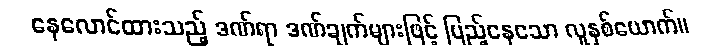
နေလောင်ထားသည့် ဒဏ်ရာ ဒဏ်ချက်များဖြင့် ပြည့်နေသော လူနှစ်ယောက်။